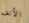
الأنف